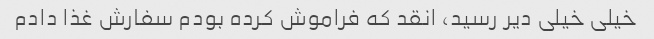
خیلی خیلی دیر رسید، انقد که فراموش کرده بودم سفارش غذا دادم